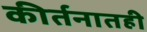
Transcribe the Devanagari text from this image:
कीर्तनातही